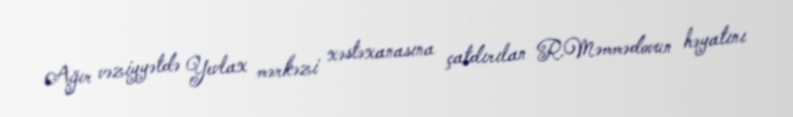
Ağır vəziyyətdə Yevlax mərkəzi xəstəxanasına çatdırılan R.Məmmədovun həyatını